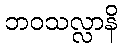
ဘဝသလ္လာနိ